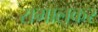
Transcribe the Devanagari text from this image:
समालकर